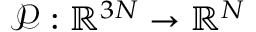
\mathcal { P } : \mathbb { R } ^ { 3 N } \to \mathbb { R } ^ { N }